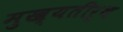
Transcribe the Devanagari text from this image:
मुख्यतीर्थ